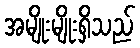
အမျိုးမျိုးရှိသည်